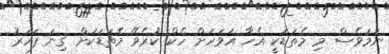
ނަމަވެސް މި މެތަޑަކީ އެހާ އަވަހަށް ހެކް ކުރެވޭ މެތަޑަކަށް ގިނަ ފަހަރު